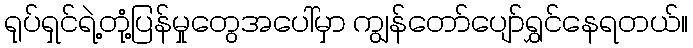
ရုပ်ရှင်ရဲ့တုံ့ပြန်မှုတွေအပေါ်မှာ ကျွန်တော်ပျော်ရွှင်နေရတယ်။